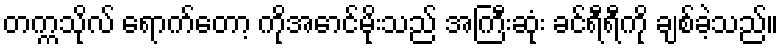
တက္ကသိုလ် ရောက်တော့ ကိုအောင်မိုးသည် အကြီးဆုံး ခင်ရီရီကို ချစ်ခဲ့သည်။